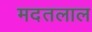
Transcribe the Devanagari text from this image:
मदतलाल